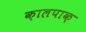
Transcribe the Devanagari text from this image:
क़ालपाक़